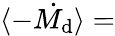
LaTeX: \langle-\dot{M_{\mathrm{d}}}\rangle=